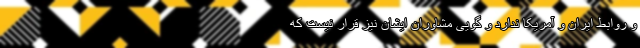
و روابط ایران و آمریکا ندارد و گویی مشاوران ایشان نیز قرار نیست که